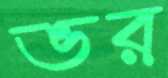
ভর